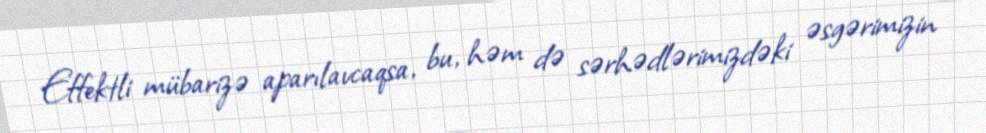
Effektli mübarizə aparılavcaqsa, bu, həm də sərhədlərimizdəki əsgərimizin